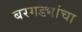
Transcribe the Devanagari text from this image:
बरगड्यांचा